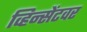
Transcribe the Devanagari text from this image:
व्हिन्सेंटवर